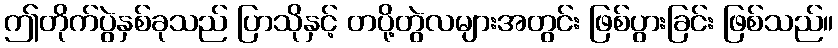
ဤတိုက်ပွဲနှစ်ခုသည် ပြာသိုနှင့် တပို့တွဲလများအတွင်း ဖြစ်ပွားခြင်း ဖြစ်သည်။